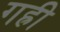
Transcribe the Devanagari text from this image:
गह्री